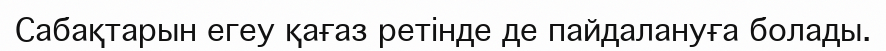
Сабақтарын егеу қағаз ретінде де пайдалануға болады.